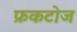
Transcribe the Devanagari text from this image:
फ्रकटोज